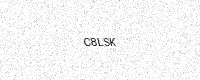
Text: C8LSK